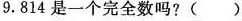
9.814是一个完全数吗?( )